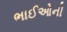
ભાઈઓની